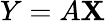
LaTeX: Y=A\mathbf{X}